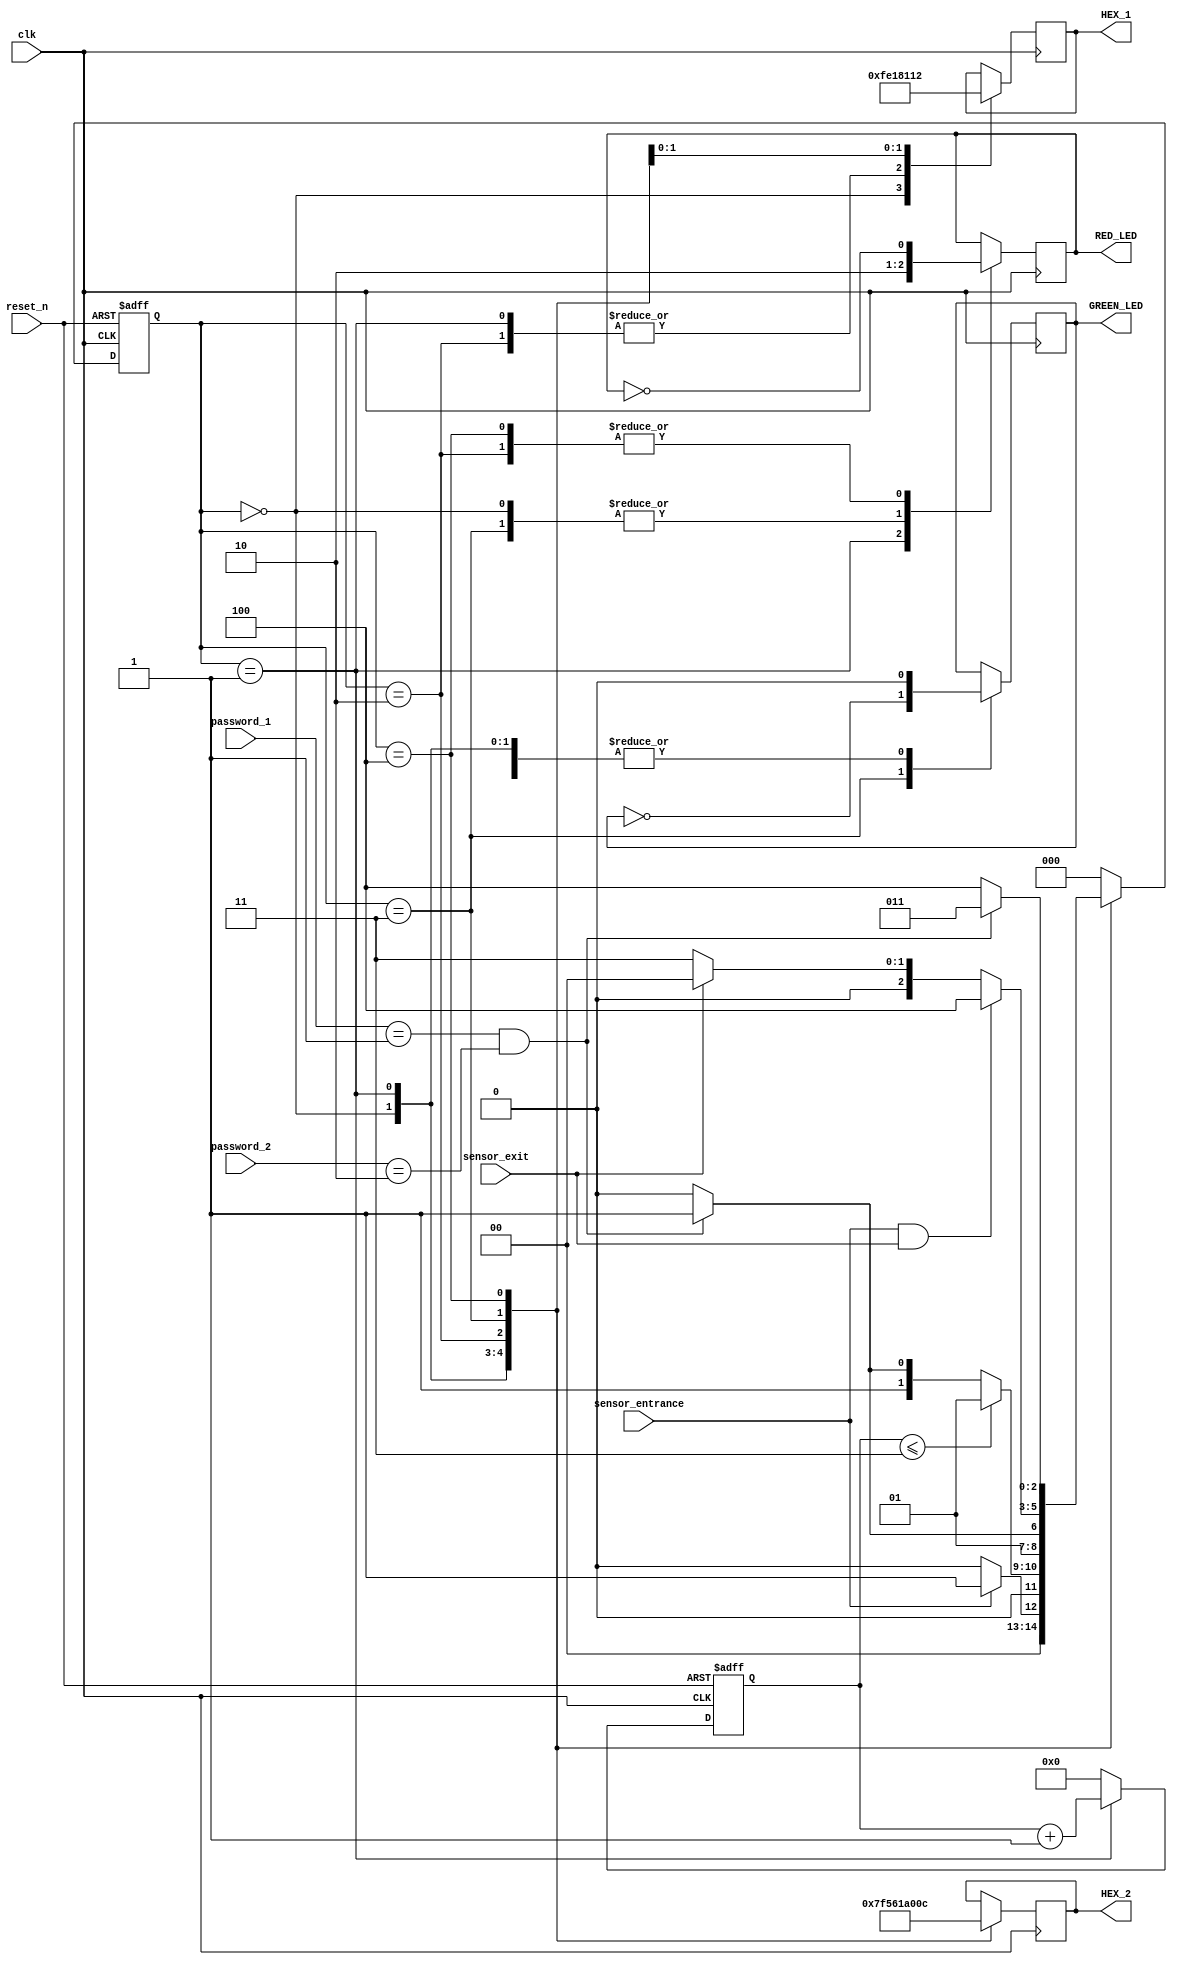
module parking_system(
input clk,reset_n,
input sensor_entrance,sensor_exit,
input [1:0] password_1,password_2,
output wire GREEN_LED,RED_LED,
output reg [6:0] HEX_1,HEX_2
);
parameter IDLE =3'b000,WAIT_PASSWORD = 3'b001,WRONG_PASS = 3'b010,RIGHT_PASS =3'b011,STOP =3'b100;
reg[2:0] current_state,next_state;
reg[31:0] counter_wait;
reg red_tmp,green_tmp;
always @(posedge clk or negedge reset_n)
begin
if(~reset_n)
current_state = IDLE;
else
current_state = next_state;
end

always @(posedge clk or negedge reset_n)
begin
if(~reset_n)
counter_wait <= 0;
else if(current_state==WAIT_PASSWORD)
counter_wait <= counter_wait + 1;
else
counter_wait <= 0;
end

always @(*)
begin
case(current_state)
IDLE:begin
     if(sensor_entrance == 1)
next_state=WAIT_PASSWORD;
else
next_state = IDLE;
end

WAIT_PASSWORD:begin
if(counter_wait <= 3)
next_state=WAIT_PASSWORD;
else
begin
if((password_1==2'b01)&&(password_2==2'b10))
next_state = RIGHT_PASS;
else
next_state=WRONG_PASS;
end
end

WRONG_PASS:begin
if((password_1==2'b01)&&(password_2==2'b10))
next_state=RIGHT_PASS;
else
next_state=WRONG_PASS;
end

RIGHT_PASS:begin
if(sensor_entrance==1 && sensor_exit==1)
next_state=STOP;
else if(sensor_exit==1)
next_state=IDLE;
else
next_state=RIGHT_PASS;
end

STOP:begin
if((password_1==2'b01)&&(password_2==2'b10))
next_state=RIGHT_PASS;
else
next_state=STOP;
end
default:next_state=IDLE;
endcase
end

// LEDS and output,change the period of blinking LEDs here
always @(posedge clk) begin
case(current_state)
IDLE:begin
green_tmp=1'b0;
red_tmp=1'b0;
HEX_1=7'b1111111;//off
HEX_2=7'b1111111;//off
end

WAIT_PASSWORD:begin
green_tmp=1'b0;
red_tmp=1'b1;
HEX_1=7'b000_0110;//E
HEX_2=7'b010_1011;//n
end

WRONG_PASS:begin
green_tmp=1'b0;
red_tmp=~red_tmp;
HEX_1=7'b000_0110;//E
HEX_2=7'b000_0110;//E
end

RIGHT_PASS:begin
green_tmp=~green_tmp;
red_tmp=1'b0;
HEX_1=7'b000_0010;//6
HEX_2=7'b100_0000;//0
end

STOP:begin
green_tmp=1'b0;
red_tmp=~red_tmp;
HEX_1=7'b001_0010;//5
HEX_2=7'b000_1100;//p
end

endcase
end
assign RED_LED=red_tmp;
assign GREEN_LED=green_tmp;
endmodule